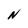
Character: N